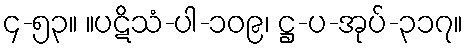
၄-၅၃။ ။ပဋိသံ-ပါ-၁၀၉၊ ဋ္ဌ-ပ-အုပ်-၃၁၇။